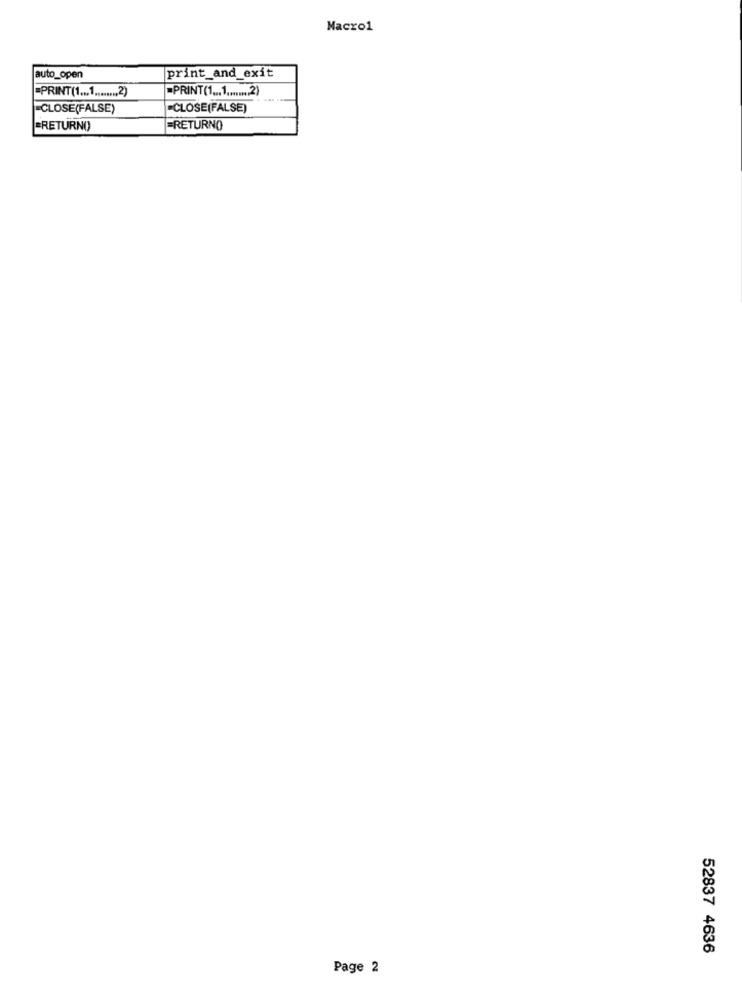
Macro1
auto_open
print_and_exit
=PRINT(1 ... 1 ........ 2)
PRINT(1 ... 1 ........ 2)
-CLOSE(FALSE)
=CLOSE(FALSE)
"RETURNO)
FRETURNO
52837 4636
Page 2